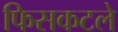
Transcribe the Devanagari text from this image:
फिसकटले